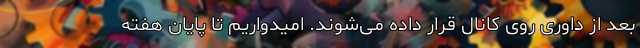
بعد از داوری روی کانال قرار داده می‌شوند. امیدواریم تا پایان هفته